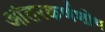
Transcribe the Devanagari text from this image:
आंतरकर्णशोथ